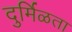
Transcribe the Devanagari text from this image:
दुर्मिळता